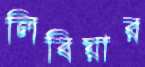
লিবিয়ার